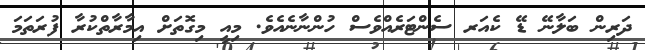
ދަރިން ބަލާނޭ ޑޭ ކެއަރ ސެންޓަރެއްވެސް ހުންނާނެއެވެ. މިއީ މިގޮތަށް އިމާރާތްކުރާ ފުރަތަމަ